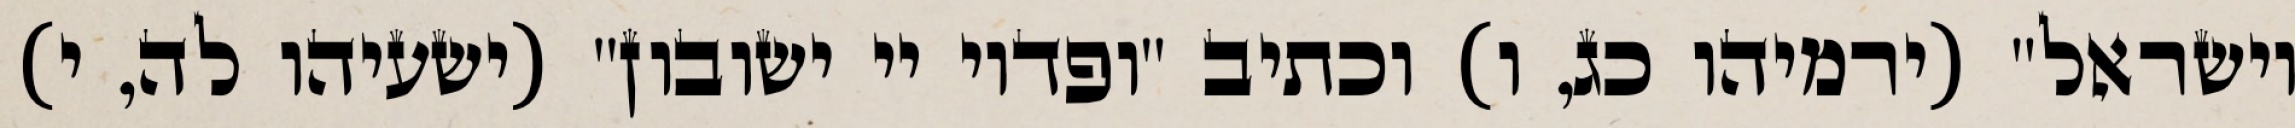
וישראל" (ירמיהו כג, ו) וכתיב "ופדוי יי ישובון" (ישעיהו לה, י)